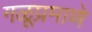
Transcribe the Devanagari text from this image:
गळूप्रमाणे